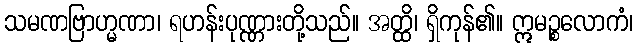
သမဏဗြာဟ္မဏာ၊ ရဟန်းပုဏ္ဏားတို့သည်။ အတ္ထိ၊ ရှိကုန်၏။ ဣမဉ္စလောကံ၊